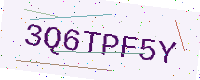
Text: 3Q6TPF5Y